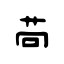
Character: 苘